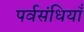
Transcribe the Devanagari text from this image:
पर्वसंधियाँ